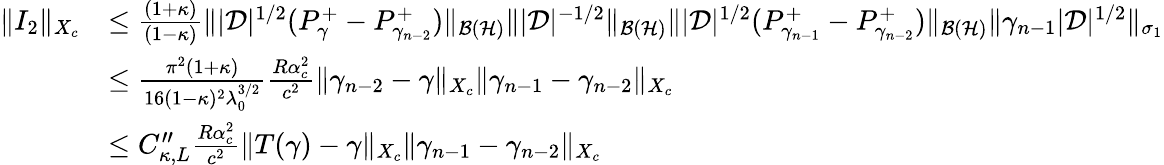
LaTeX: \begin{array}{rl}{\| I_{2}\| _{X_{c}}}&{\leq\frac{(1+\kappa)}{(1-\kappa)}\| |\mathcal D|^{1/2}(P_{\gamma}^{+}-P_{\gamma_{n-2}}^{+})\| _{\mathcal{B}(\mathcal{H})}\| |\mathcal D|^{-1/2}\| _{\mathcal{B}(\mathcal{H})}\| |\mathcal D|^{1/2}(P_{\gamma_{n-1}}^{+}-P_{\gamma_{n-2}}^{+})\| _{\mathcal{B}(\mathcal{H})}\| \gamma_{n-1}|\mathcal D|^{1/2}\| _{\sigma_{1}}}\\ &{\leq\frac{\pi^{2}(1+\kappa)}{16(1-\kappa)^{2}\lambda_{0}^{3/2}}\frac{R\alpha_{c}^{2}}{c^{2}}\| \gamma_{n-2}-\gamma\| _{X_{c}}\| \gamma_{n-1}-\gamma_{n-2}\| _{X_{c}}}\\ &{\leq C_{\kappa,L}^{\prime\prime}\frac{R\alpha_{c}^{2}}{c^{2}}\| T(\gamma)-\gamma\| _{X_{c}}\| \gamma_{n-1}-\gamma_{n-2}\| _{X_{c}}}\end{array}